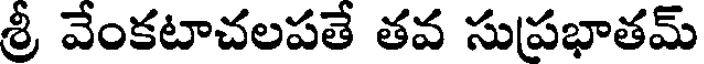
శ్రీ వేంకటాచలపతే తవ సుపభాతమ్